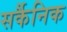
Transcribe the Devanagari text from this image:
सर्कैनिक